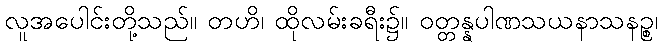
လူအပေါင်းတို့သည်။ တဟိ၊ ထိုလမ်းခရီး၌။ ဝတ္တန္နပါဏသယနာသနဉ္စ၊